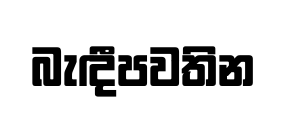
බැඳීපවතින